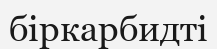
біркарбидті